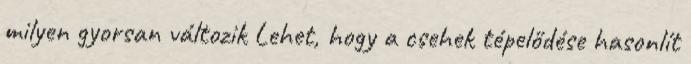
milyen gyorsan változik Lehet, hogy a csehek tépelődése hasonlít